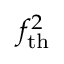
f _ { \mathrm { t h } } ^ { 2 }